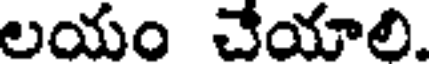
లయం చేయాలి.